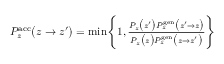
\begin{array} { r } { P _ { z } ^ { \mathrm { a c c } } \bigl ( z \to z ^ { \prime } \bigr ) = \operatorname* { m i n } \Biggl \{ 1 , \frac { P _ { z } \bigl ( z ^ { \prime } \bigr ) P _ { z } ^ { \mathrm { g e n } } \bigl ( z ^ { \prime } \to z \bigr ) } { P _ { z } \bigl ( z \bigr ) P _ { z } ^ { \mathrm { g e n } } \bigl ( z \to z ^ { \prime } \bigr ) } \Biggr \} } \end{array}